255_413270_UFO's_and_Defense_What_Should_we_Prepare_For
Agency: NASA
Page 56
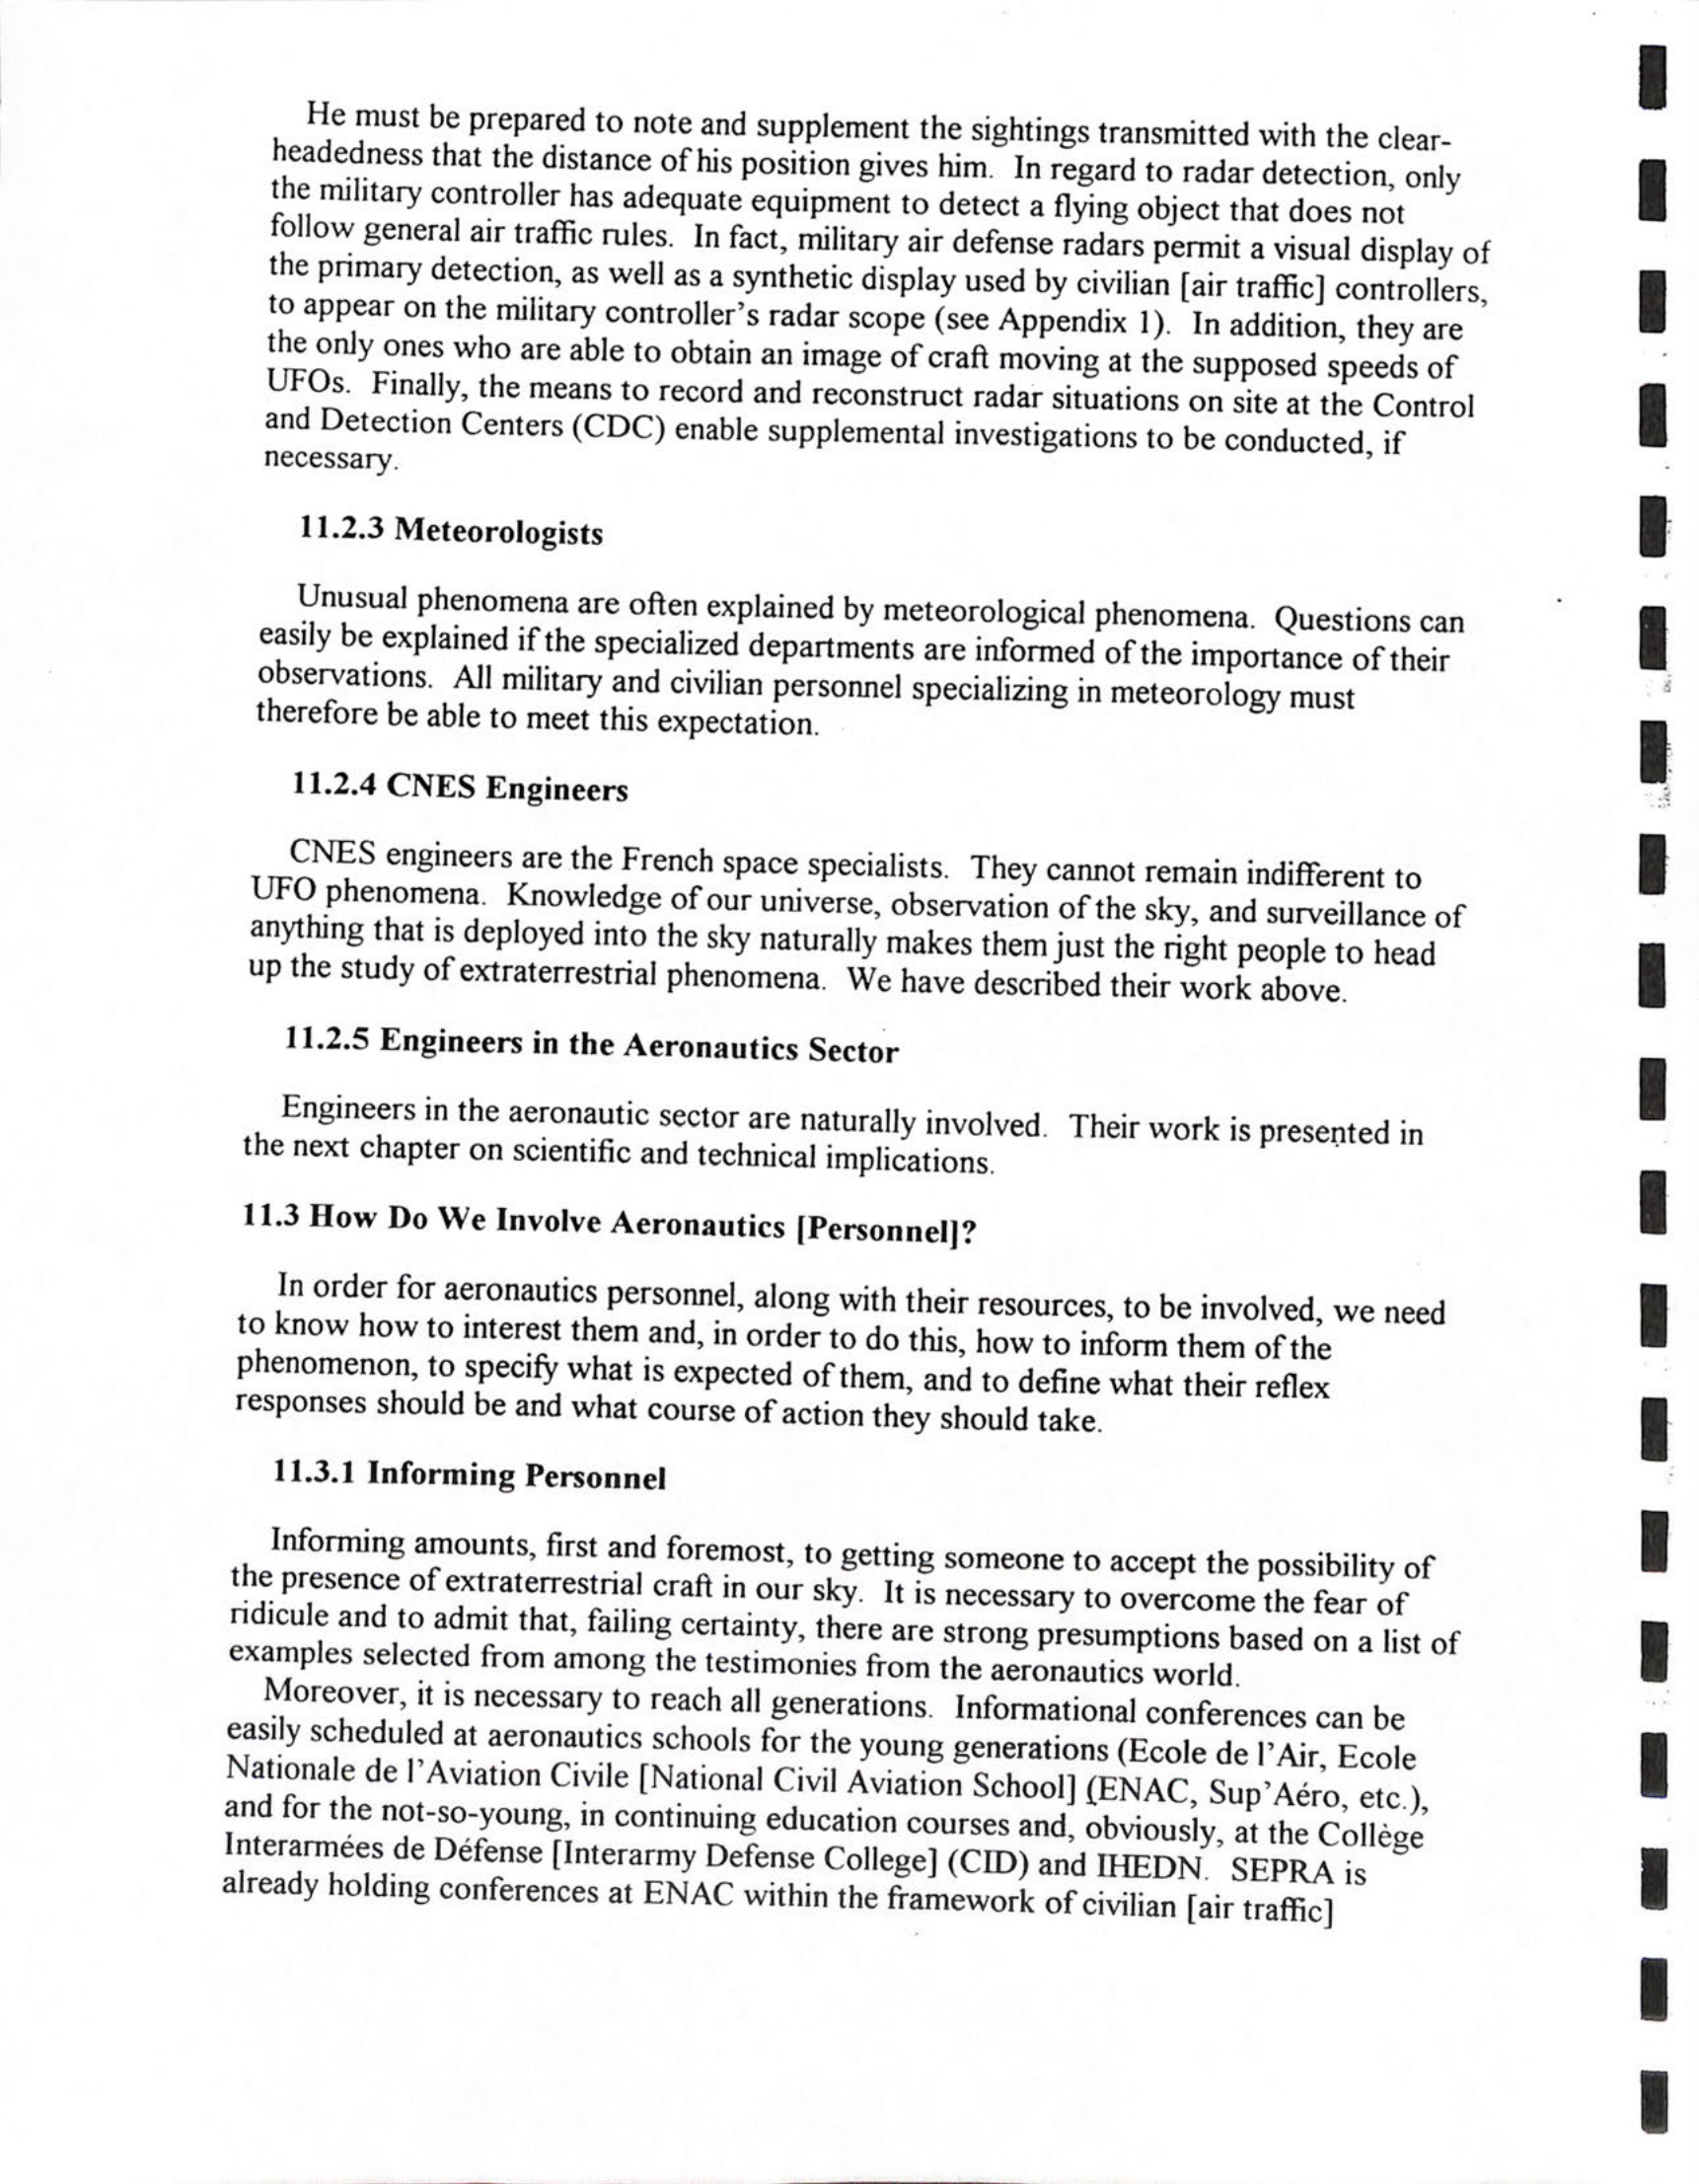